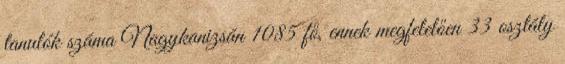
tanulók száma Nagykanizsán 1085 fő, ennek megfelelően 33 osztály